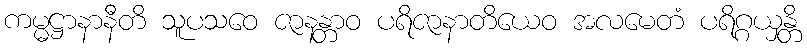
ကမ္မဋ္ဌာနာနီတိ သူပသဝေ ဇာနန္တာဝ ပရိဇာနာတိယေဝ အလမေတံ ပရိဂ္ဂယှန္တိ